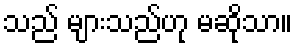
သည် များသည်ဟု မဆိုသာ။